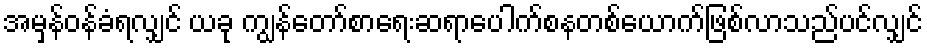
အမှန်ဝန်ခံရလျှင် ယခု ကျွန်တော်စာရေးဆရာပေါက်စနတစ်ယောက်ဖြစ်လာသည်ပင်လျှင်